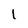
Character: 1